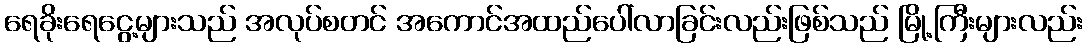
ရေခိုးရေငွေ့များသည် အလုပ်စတင် အကောင်အထည်ပေါ်လာခြင်းလည်းဖြစ်သည် မြို့ကြီးများလည်း